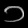
Digit: ၁